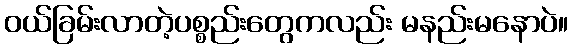
ဝယ်ခြမ်းလာတဲ့ပစ္စည်းတွေကလည်း မနည်းမနောပဲ။